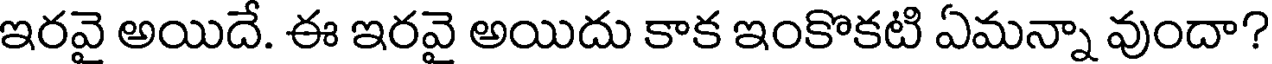
ఇరవై అయిదే. ఈ ఇరవై అయిదు కాక ఇంకొకటి ఏమన్నా వుందా?